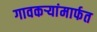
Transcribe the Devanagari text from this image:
गावकर्‍यांमार्फत